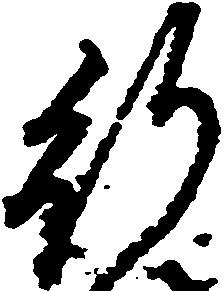
行